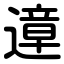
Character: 遧